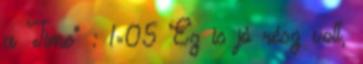
a Time” : 1×05 Ez is jó rész volt,